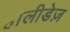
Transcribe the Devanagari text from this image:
हौलीडेज़